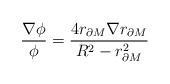
LaTeX: \begin{align*} \frac{\nabla\phi}{\phi}=\frac{4r_{\partial M}\nabla r_{\partial M}}{R^2-r_{\partial M}^2}\end{align*}